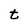
Character: t